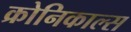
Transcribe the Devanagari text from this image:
क्रोनिकाल्स